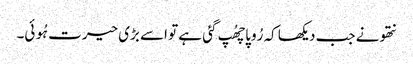
نتھو نے جب دیکھا کہ رُوپا چھُپ گئی ہے تو اسے بڑی حیرت ہُوئی۔